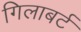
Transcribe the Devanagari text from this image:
गिलाबर्ट